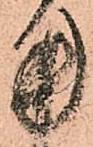
用